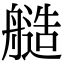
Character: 䒃